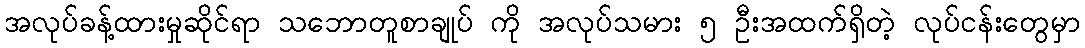
အလုပ်ခန့်ထားမှုဆိုင်ရာ သဘောတူစာချုပ် ကို အလုပ်သမား ၅ ဦးအထက်ရှိတဲ့ လုပ်ငန်းတွေမှာ